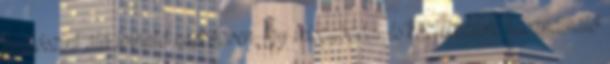
padlószint alá tolható napközben, így felszabadul és közlekedésre használható